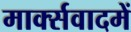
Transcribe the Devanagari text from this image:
मार्क्सवादमें